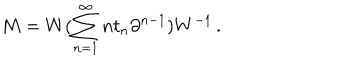
LaTeX: M = W ( \sum _ { n = 1 } ^ { \infty } n t _ { n } \partial ^ { n - 1 } ) W ^ { - 1 } \, .